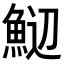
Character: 𬵑